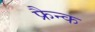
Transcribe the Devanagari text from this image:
फ्रैन्क